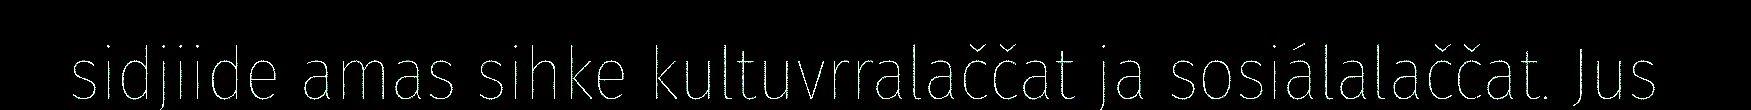
sidjiide amas sihke kultuvrralaččat ja sosiálalaččat. Jus